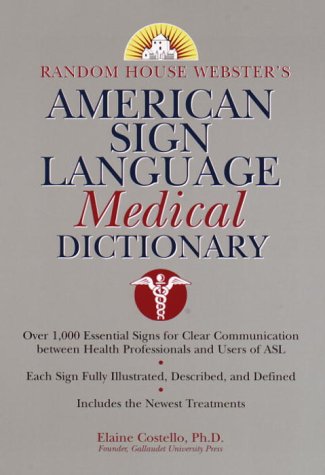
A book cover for Random House Webster's American Sign Language Medical Dictionary; Elaine Costello; Reference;